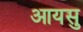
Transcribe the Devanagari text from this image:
आयसु